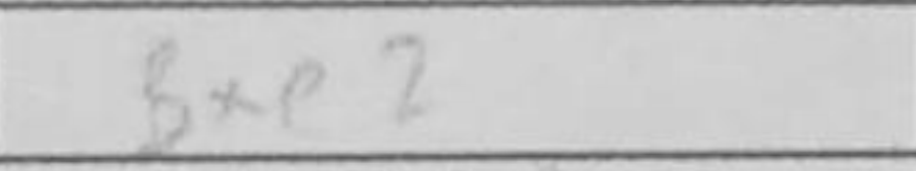
Transcription: Bxe2